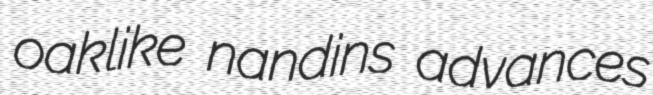
oaklike nandins advances